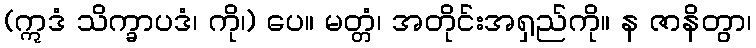
(ဣဒံ သိက္ခာပဒံ၊ ကို၊) ပေ။ မတ္တံ၊ အတိုင်းအရှည်ကို။ န ဇာနိတွာ၊